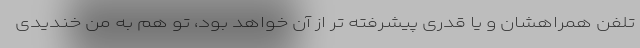
تلفن همراهشان و یا قدری پیشرفته تر از آن خواهد بود، تو هم به من خندیدی